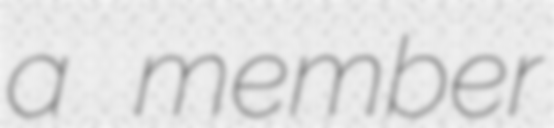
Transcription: a member